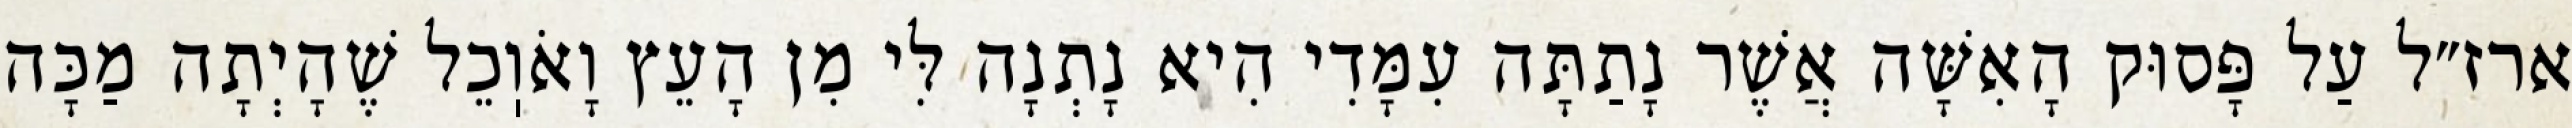
ארז״ל עַל פָּסוּק הָאִשָּׁה אֲשֶׁר נָתַתָּה עִמָּדִי הִיא נָתְנָה לִּי מִן הָעֵץ וָאֹוֽכֵל שֶׁהָיְתָה מַכָּה